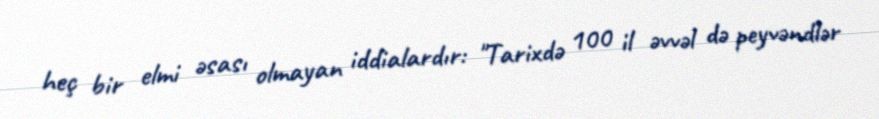
heç bir elmi əsası olmayan iddialardır: "Tarixdə 100 il əvvəl də peyvəndlər